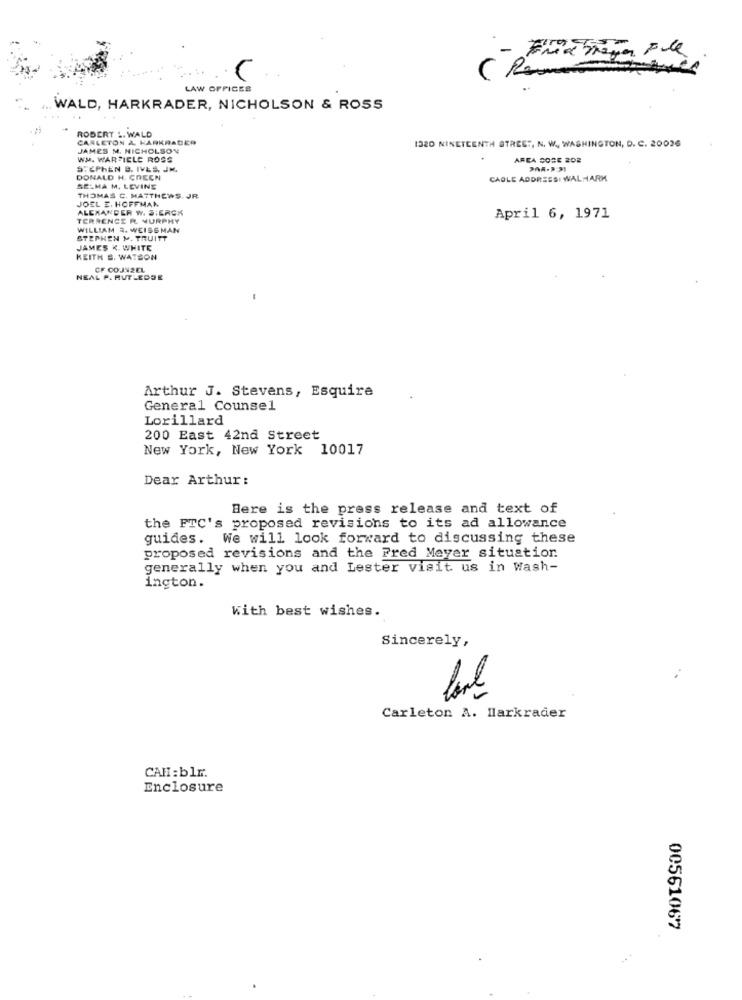
LAW OFFICES
WALD, HARKRADER, NICHOLSON & ROSS
ROBERT L. WALD
CARLETON & KARKRADER
JAMES M. NICHOLSON
1320 NINETEENTH STREET, N. W ., WASHINGTON, D. C. 20036
WM. WARZIELE ROSS
AREA DOSE 202
STEPHEN B. IVES. JM.
DONALD H. GREEN
CAOLE ADDRESSI WALMARK
SELMA M. LEVINE
JOEL E. HOFFMAN
THOMAS C. MATTHEWS. JR.
ALEXANDER W. S:ERCK
TERRENCE R. MURPHY
April 6, 1971
WILLIAM 3. WEISSMAN
STEPHEN M. TRUITT
JAMES K WHITE
KEITH S. WATSON
CF CO JNZEL
NEAL P. RUTLEDGE
Arthur J. Stevens, Esquire
General Counsel
Lorillard
200 East 42nd Street
New York, New York 10017
Dear Arthur:
Here is the press release and text of
the FTC's proposed revisions to its ad allowance
guides. We will look forward to discussing these
proposed revisions and the Fred Meyer situation.
generally when you and Lester visit us in Wash-
ington.
With best wishes.
Sincerely,
Carleton A. Harkrader
CAH:blr.
Enclosure
00561067